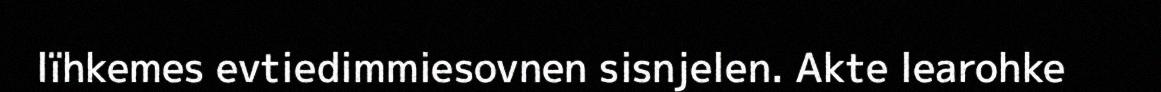
lïhkemes evtiedimmiesovnen sisnjelen. Akte learohke